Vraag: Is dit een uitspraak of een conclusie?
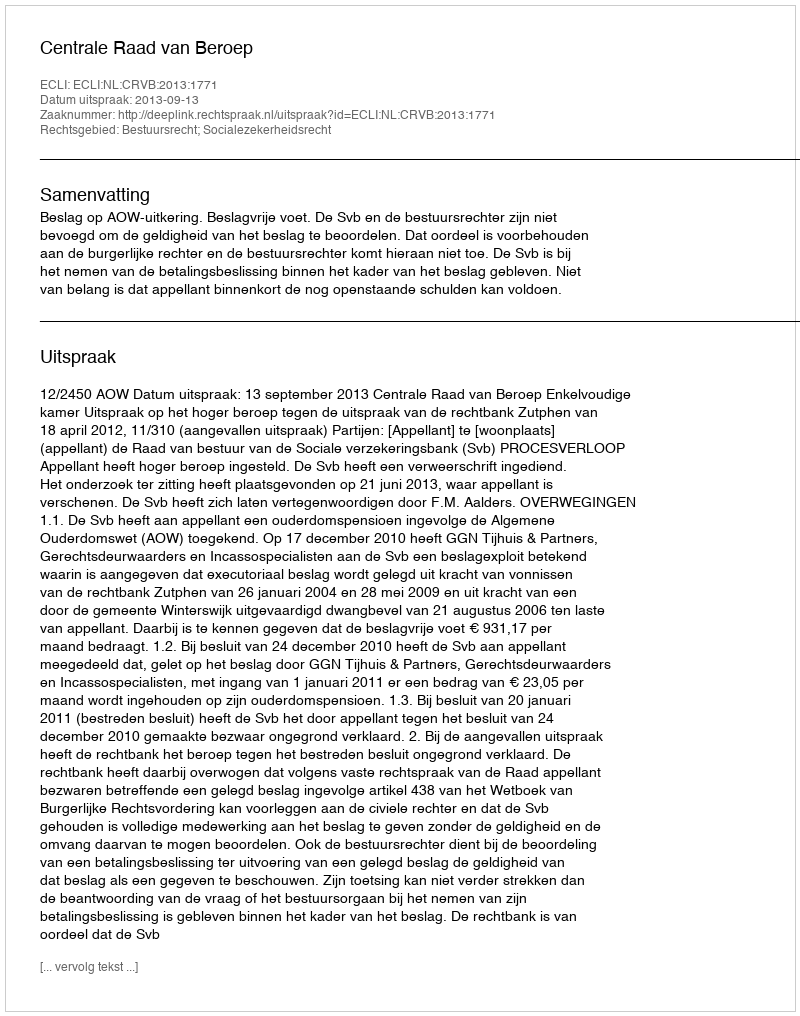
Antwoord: Uitspraak